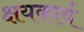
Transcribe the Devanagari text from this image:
क्षयकार्य